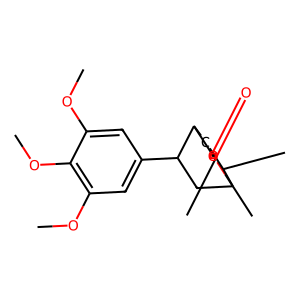
SMILES: COc1cc(C2CC3(C)OC(=O)C2CC3C)cc(OC)c1OC
Inhibits HIV replication: No